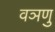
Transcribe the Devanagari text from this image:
वञणु